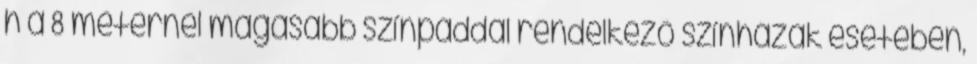
h a 8 méternél magasabb színpaddal rendelkezõ színházak esetében,